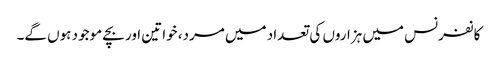
کانفرنس میں ہزاروں کی تعداد میں مرد، خواتین اور بچے موجود ہوں گے۔